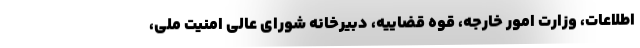
اطلاعات، وزارت امور خارجه، قوه قضاییه، دبیرخانه شورای عالی امنیت ملی،